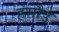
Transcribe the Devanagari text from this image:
हंसौड